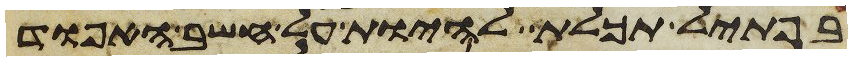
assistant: בפתיל תכלת להיות על חשב האפוד